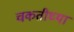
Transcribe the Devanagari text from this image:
चकतीच्या